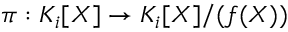
\pi : K _ { i } [ X ] \to K _ { i } [ X ] / ( f ( X ) )